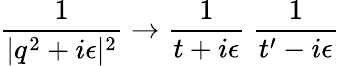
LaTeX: \frac{1}{|q^{2}+i\epsilon|^{2}}\to\frac{1}{t+i\epsilon}~\frac{1}{t^{\prime}-i\epsilon}